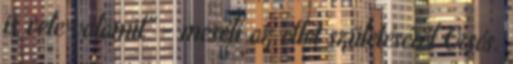
is vele valamit" - meséli az ötlet születéséről Orsós.